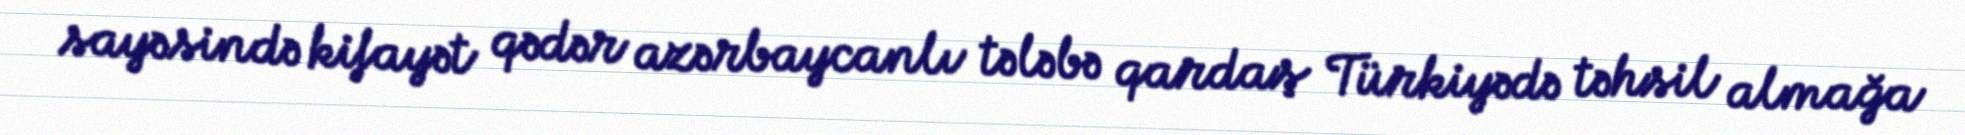
sayəsində kifayət qədər azərbaycanlı tələbə qardaş Türkiyədə təhsil almağa